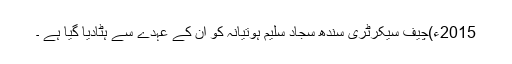
2015ء)چیف سیکرٹری سندھ سجاد سلیم ہوتیانہ کو ان کے عہدے سے ہٹادیا گیا ہے ۔